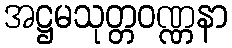
အဋ္ဌမသုတ္တဝဏ္ဏနာ